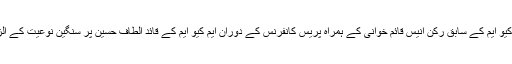
انہوں نے ایم کیو ایم کے سابق رکن انیس قائم خوانی کے ہمراہ پریس کانفرنس کے دوران ایم کیو ایم کے قائد الطاف حسین پر سنگین نوعیت کے الزامات لگائے۔